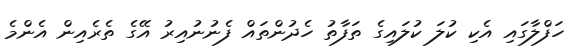
ހަފްލާގައި އެކި ކުލަ ކުލައިގެ ތަފާތު ހެދުންތައް ފެނުނުއިރު އޭގެ ތެރެއިން އެންމެ